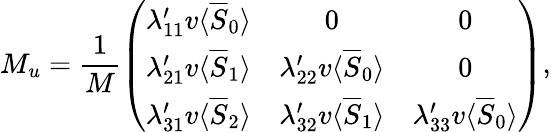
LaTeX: M_{u}=\frac{1}{M}\left(\begin{array}{ccc}{{\lambda_{11}^{\prime}v\langle\overline{{{S}}}_{0}\rangle}}&{{0}}&{{0}}\\ {{\lambda_{21}^{\prime}v\langle\overline{{{S}}}_{1}\rangle}}&{{\lambda_{22}^{\prime}v\langle\overline{{{S}}}_{0}\rangle}}&{{0}}\\ {{\lambda_{31}^{\prime}v\langle\overline{{{S}}}_{2}\rangle}}&{{\lambda_{32}^{\prime}v\langle\overline{{{S}}}_{1}\rangle}}&{{\lambda_{33}^{\prime}v\langle\overline{{{S}}}_{0}\rangle}}\end{array}\right),